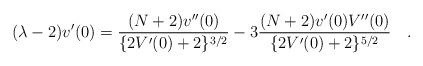
LaTeX: \begin{align*}(\lambda-2) v'(0) = \frac{(N+2)v''(0)}{\{2 V'(0)+2\}^{3/2}} - 3 \frac{(N+2) v'(0) V''(0)}{\{2 V'(0)+2\}^{5/2}} \quad.\end{align*}